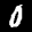
Label: 0